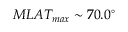
M L A T _ { m a x } \sim 7 0 . 0 ^ { \circ }